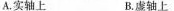
A.实轴上 B.虚轴上